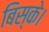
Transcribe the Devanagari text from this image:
बिस्के।